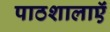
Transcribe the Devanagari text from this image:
पाठशालाऍं